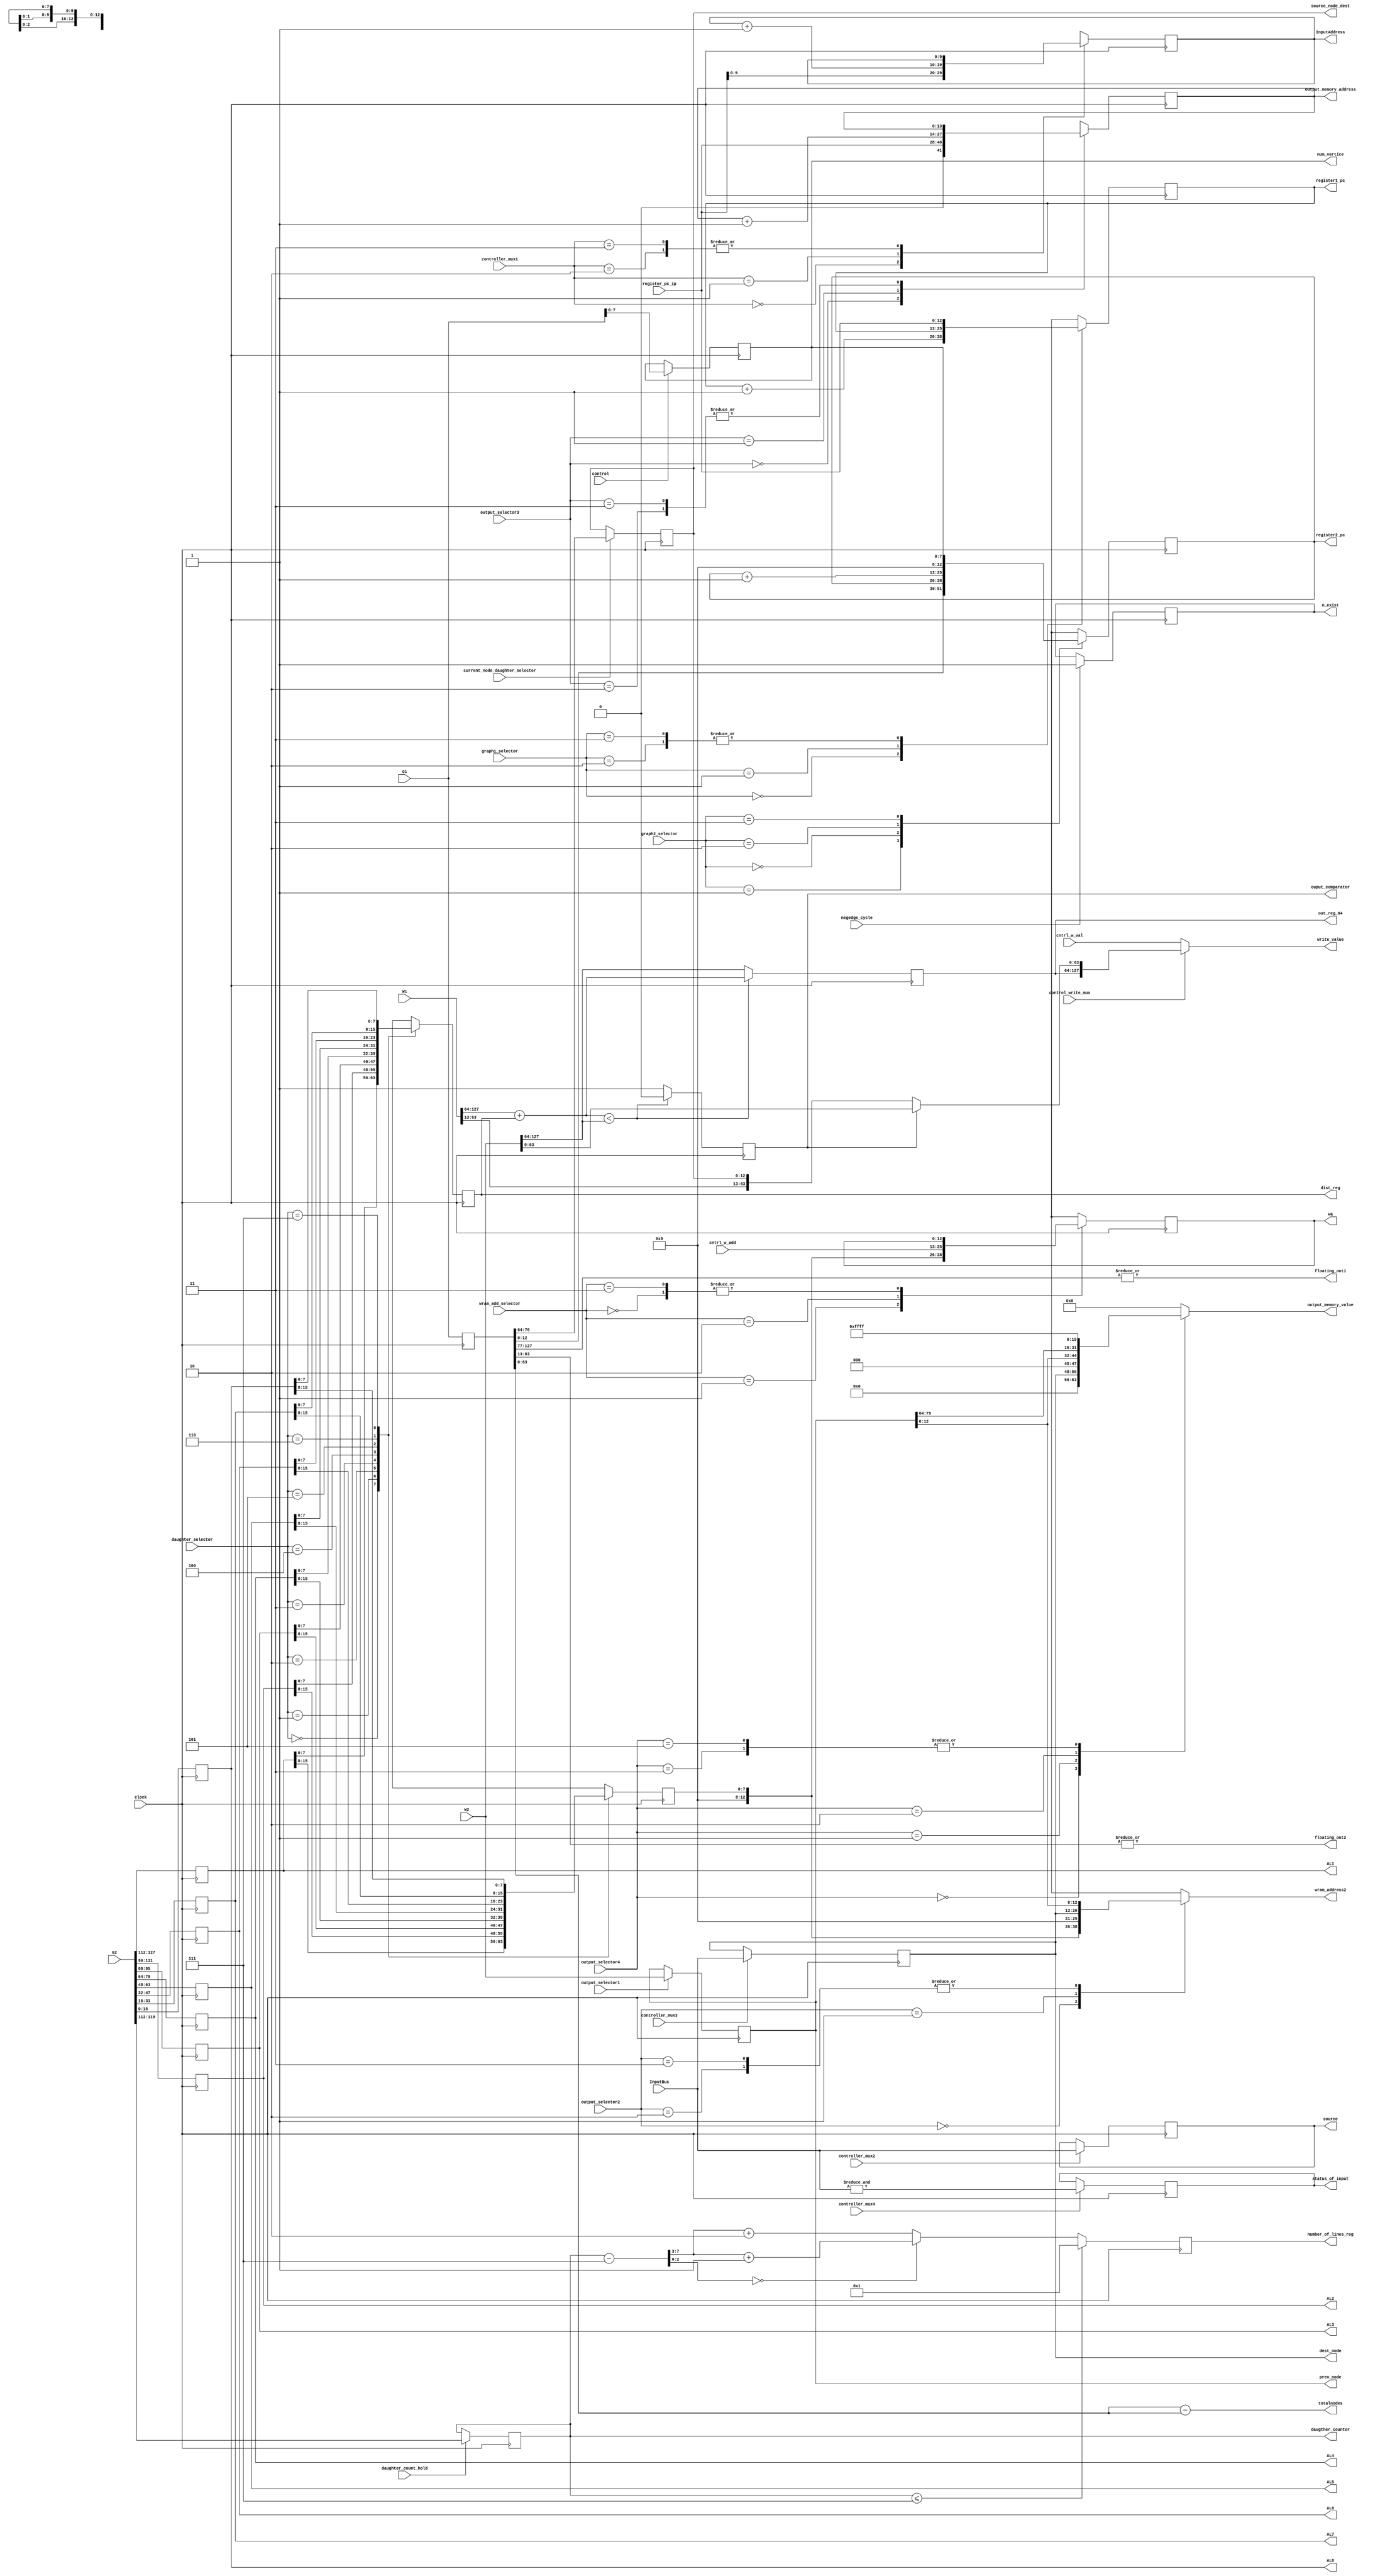
module datapath (clock,negedge_cycle,n_exist,G1,G2,W1,W2,InputBus,controller_mux1,controller_mux2,controller_mux3,controller_mux4,output_selector1,output_selector2,output_selector3,output_selector4,output_memory_value, output_memory_address, prev_node,current_node_daughter_selector,control,graph1_selector,graph2_selector,daughter_count_hold, daughter_selector,register_pc_ip,wram_add_selector,control_write_mux,cntrl_w_add, cntrl_w_val, register1_pc,register2_pc,source_node_dest,wram_address2,dist_reg,out_reg_64,wa,write_value,daugther_counter,floating_out1,floating_out2,totalnodes,AL1,AL2,AL3,AL4,AL5,AL6,AL7,AL8,num_vertice,ouput_comparator,source,dest_node,InputAddress,status_of_input,number_of_lines_reg);
/*---------------------------------------------------------------input declaration----------------------------------------------------------------------------------------*/
input clock;
input negedge_cycle;
input [127:0] G1;
input [127:0] G2;
input [127:0] W1;
input [127:0] W2;
input daughter_count_hold;
input current_node_daughter_selector;
input [1:0] graph1_selector;
input [1:0] graph2_selector;
input [2:0] daughter_selector;
input [12:0] register_pc_ip;
input [1:0] wram_add_selector;
input control;
input [7:0] InputBus;
//input wmdr1_mux;
//input wmdr2_mux;
input control_write_mux;
input [12:0]  cntrl_w_add;
input [127:0] cntrl_w_val;
input controller_mux2,controller_mux3,controller_mux4;
input [1:0] controller_mux1;
input [1:0] output_selector2,output_selector3;
input [2:0] output_selector4;
input output_selector1;
/*---------------------------------------------------------------output declaration---------------------------------------------------------------------------------------*/
output [63:0] totalnodes;
output [127:0] prev_node;
output [15:0] output_memory_value;
reg [15:0] output_memory_value;
output [13:0] output_memory_address;
output [7:0]  num_vertice;
output [12:0] register1_pc;
output [12:0] register2_pc;
output [12:0] source_node_dest;
output reg [4:0] number_of_lines_reg; 
output [12:0]  wram_address2;
output signed [63:0] out_reg_64;
output ouput_comparator;
//output [127:0]WMDR1;
//output [127:0]WMDR2;
output [12:0] wa;
output [127:0]write_value;
output [7:0]  daugther_counter;
output floating_out1,floating_out2;
output [7:0]   dist_reg;
output [15:0] AL1;
output [15:0] AL2;
output [15:0] AL3;
output [15:0] AL4;
output [15:0] AL5;
output [15:0] AL6;
output [15:0] AL7;
output [15:0] AL8;
output [7:0] source;
output [7:0] dest_node;
output status_of_input;
output [9:0] InputAddress;
output n_exist;
reg n_exist;
/*----------------------------------------------------------------nets and registers declaration---------------------------------------------------------------------------*/
wire [63:0] totalnodes;
reg [13:0] output_memory_address;
reg [127:0] GDR1;
reg [127:0] GDR2;
reg [12:0]  register1_pc;
reg [12:0]  register2_pc;
reg [12:0]  source_node_dest;
reg [7:0]   current_node_dest;
reg [7:0]   dist_reg;
reg [63:0]  padding_dist_reg;
reg [7:0] DCR_sub_7;
reg [2:0] remainder_out;
reg [4:0] quotient;
reg [4:0] num_of_lines;
reg[2:0] remainder;
//reg [15:0]  d_mux_value;//values outside daughter decoding mux
//reg [127:0] WMDR1;
//reg [127:0] WMDR2;
reg [7:0]   num_vertice;
reg [63:0]  out_reg_64;
reg         ouput_comparator;//ouput_comparator is actually registered
reg [12:0]  wa;
reg [127:0] write_value;
reg [63:0]  a;//for part c
reg [127:0] b;//for part c   
reg signed [63:0]  tmp;// for part d   
reg comp;// for part d  
reg signed [63:0]  outreg;
reg [7:0]   daugther_counter;
reg floating_out1,floating_out2;
reg [63:0] temp1;
reg [12:0] extended_destination;
reg signed [63:0] temp2;
reg [63:0] temp3;
reg [15:0] AL1;
reg [15:0] AL2;
reg [15:0] AL3;
reg [15:0] AL4;
reg [15:0] AL5;
reg [15:0] AL6;
reg [15:0] AL7;
reg [15:0] AL8;
reg [7:0] source;
reg [7:0] dest_node;
reg [9:0]InputAddress;
reg status_of_input;
reg [12:0] extended_current_node_dest;
reg [12:0] wram_address2;
reg [127:0] prev_node;
//source and dest_node initialization
always@(posedge clock)
begin
if(negedge_cycle)
begin
n_exist<=1;

end
else
begin
n_exist<=n_exist;

end
end
always@(posedge clock)
begin
case(controller_mux1)
2'b00:
begin
InputAddress<=register_pc_ip[9:0];
end
2'b01:
begin
InputAddress<=InputAddress + 1;
end
2'b10:
begin
InputAddress<=InputAddress;
end
2'b11:
begin
InputAddress<=InputAddress;
end
endcase
end
always@(posedge clock)
begin
if(controller_mux2)
source<=InputBus;
else
source<=source;
end
always@(posedge clock)
begin
if(controller_mux3)
dest_node<=InputBus;
else
dest_node<=dest_node;
end
always@(posedge clock)
begin
if(controller_mux4)
status_of_input <= &InputBus;
else
status_of_input <= status_of_input;
end
//GDR registers initialization
always@(posedge clock)
begin
//first fragment
GDR1<=G1;
GDR2<=G2;
AL8<=G2[15:0];
AL7<=G2[31:16];
AL6<=G2[47:32];
AL5<=G2[63:48];  
AL4<=G2[79:64];
AL3<=G2[95:80];
AL2<=G2[111:96];
AL1<=G2[127:112];
if(control)
num_vertice<=G1[7:0];
else
num_vertice<=num_vertice;
//end of first fragment ..registers outside graph memory
if(current_node_daughter_selector) 
	source_node_dest<= GDR1[76:64];//getting source node address
else 
	source_node_dest<=source_node_dest;//getting source node address for different cycles(it might have to be constant for different cycles)



end                     
assign totalnodes = GDR1[63:0] - GDR1[127:0]; 
//multiplexor for daughter and distance separation->extracting from GDR2

//registers for daughter address in working memory and its distance from current source node
always@(posedge clock)
begin
case(daughter_selector) 
3'b000: 
begin
current_node_dest<=AL1[15:8];
dist_reg<=AL1[7:0];
end
3'b001: 
begin
current_node_dest<=AL2[15:8];
dist_reg<=AL2[7:0];
end
3'b010: 
begin
current_node_dest<=AL3[15:8];
dist_reg<=AL3[7:0];
end
3'b011: 
begin
current_node_dest<=AL4[15:8];
dist_reg<=AL4[7:0];
end
3'b100: 
begin
current_node_dest<=AL5[15:8];
dist_reg<=AL5[7:0];
end
3'b101: 
begin
current_node_dest<=AL6[15:8];
dist_reg<=AL6[7:0];
end
3'b110: 
begin
current_node_dest<=AL7[15:8];
dist_reg<=AL7[7:0];
end
3'b111: 
begin
current_node_dest<=AL8[15:8];
dist_reg<=AL8[7:0];
end


endcase

end

//Program counters for graph memory
always@(posedge clock)
begin
case (graph1_selector)
2'b00: register1_pc<=register1_pc + 13'b0000000000001;
2'b01: register1_pc<=register1_pc;
2'b10: register1_pc<=register_pc_ip;
2'b11: register1_pc<=register_pc_ip;
endcase
case (graph2_selector)
2'b01: register2_pc<=GDR1[12:0];
2'b00: register2_pc<=register2_pc;
2'b10: register2_pc<=register2_pc+1;
2'b11: register2_pc<=num_vertice;
endcase
end
//status signal regarding daughter count which is to be sent to controller

//assign daugther_counter = G2[119:112];

always@(posedge clock)
begin
if (daughter_count_hold)
daugther_counter <= G2[119:112];
else 
daugther_counter <= daugther_counter;
end
// second half of the datapath
// part a
//always@(posedge clock)
//begin
//if (wmdr1_mux) 
//    WMDR1 <=  W1;
//else 
//    WMDR1 <= WMDR1;
//end
//always@(posedge clock)
//begin
//if (wmdr2_mux)
//    WMDR2 <= W2;
//else
//    WMDR2 <= WMDR2;
//end
//end of part a
//part b

always@(posedge clock)
begin
case (wram_add_selector)
2'b00: wa <= wa;
2'b01: wa <= current_node_dest;
2'b10: wa <= cntrl_w_add;
2'b11: wa<=wa;
endcase
end

//end of part b
//final
always@(*)
begin
extended_current_node_dest = {5'b00000,current_node_dest};
extended_destination = {5'b00000, dest_node};
end
always@(*)
begin
case(output_selector2)
2'b00: wram_address2 = extended_current_node_dest;
2'b01: wram_address2 = extended_destination;
2'b10: wram_address2 = prev_node[12:0];
2'b11: wram_address2 = prev_node[12:0];
endcase
end

always@(posedge clock)
begin
if(output_selector1)
prev_node<=W2;
else
prev_node<=prev_node;
end
always@(*)
begin
case(output_selector4)
3'b000: output_memory_value = {3'b000,extended_destination};
3'b001: output_memory_value = {3'b000,prev_node[12:0]};
3'b010: output_memory_value =  prev_node[79:64];
3'b011: output_memory_value = 16'hFFFF;
3'b100: output_memory_value = 4'h0;
3'b101 : output_memory_value = 16'h7FFFF;
default : output_memory_value = 0;
endcase
end
always@(posedge clock)
begin
case(output_selector3)
2'b00: output_memory_address <= {1'b0,register_pc_ip};
2'b01: output_memory_address <= output_memory_address+1;
2'b10: output_memory_address <= output_memory_address;
2'b11: output_memory_address <= output_memory_address;
endcase
end
//final output
//part c
always@(*)
begin
if (ouput_comparator)
   a = W2[63:0];
   else
   a = { W1[63:13], source_node_dest};
   
	
   
            
 b = {out_reg_64,a};//preparing 128 bit value for writing into memory
if(control_write_mux)
 write_value = b;
else
 write_value = cntrl_w_val;
end

//end of part c;
//part d
always@(*)
begin
padding_dist_reg = 64'h0000000000000000;
//tmp = $signed(W1[127:64]) + $signed({padding_dist_reg[63:8],dist_reg}); 
tmp = $signed(W1[127:64]) + $signed(dist_reg); 
temp2 = $signed(W2[127:64]);
if ( tmp < $signed(W2[127:64]) )
   begin
     outreg = tmp;
     comp = 1'b0;
   end
else
   begin               
	  outreg = $signed(W2[127:64]);
     comp = 1'b1;
   end
floating_out1 = |GDR1[127:77];
floating_out2 = |GDR1[63:13];
end
always@(posedge clock)
begin
out_reg_64 <= outreg;
ouput_comparator <=comp;
end
//end of part d

always@(*)
begin
if(daugther_counter<=7)
num_of_lines=1;
else
begin
DCR_sub_7=daugther_counter - 8'b00000111;
remainder=DCR_sub_7[2:0];
quotient=DCR_sub_7[7:3];
if(remainder==3'b000)
num_of_lines=quotient+1;
else
num_of_lines=quotient+8'b00000010;
end
end

always@(posedge clock)
begin
number_of_lines_reg<=num_of_lines;
remainder_out<=remainder;
end
endmodule